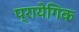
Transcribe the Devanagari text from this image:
प्रायेगिक